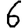
Digit: 6